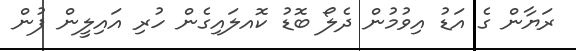
ރަޔާން ގެ އަޑު އިވުމުން ދެލޯ ބޮޑު ކޮއލައިގެން ހުރި އައިލީން ފުން